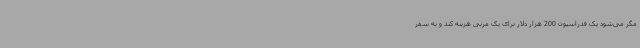
مگر می‌شود یک فدراسیون 200 هزار دلار برای یک مربی هزینه کند و به سفر